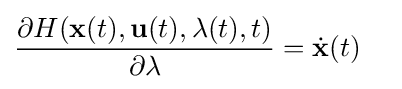
{\frac {\partial H(\mathbf {x} (t),\mathbf {u} (t),\mathbf {\lambda } (t),t)}{\partial \mathbf {\lambda } }}={\dot {\mathbf {x} }}(t)\quad